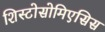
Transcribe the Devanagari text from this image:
शिस्टोसोमिएसिस